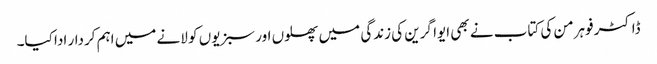
ڈاکٹر فوہرمن کی کتاب نے بھی ایوا گرین کی زندگی میں پھلوں اور سبزیوں کو لانے میں اہم کردار ادا کیا۔